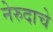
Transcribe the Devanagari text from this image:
नेरुदाचे